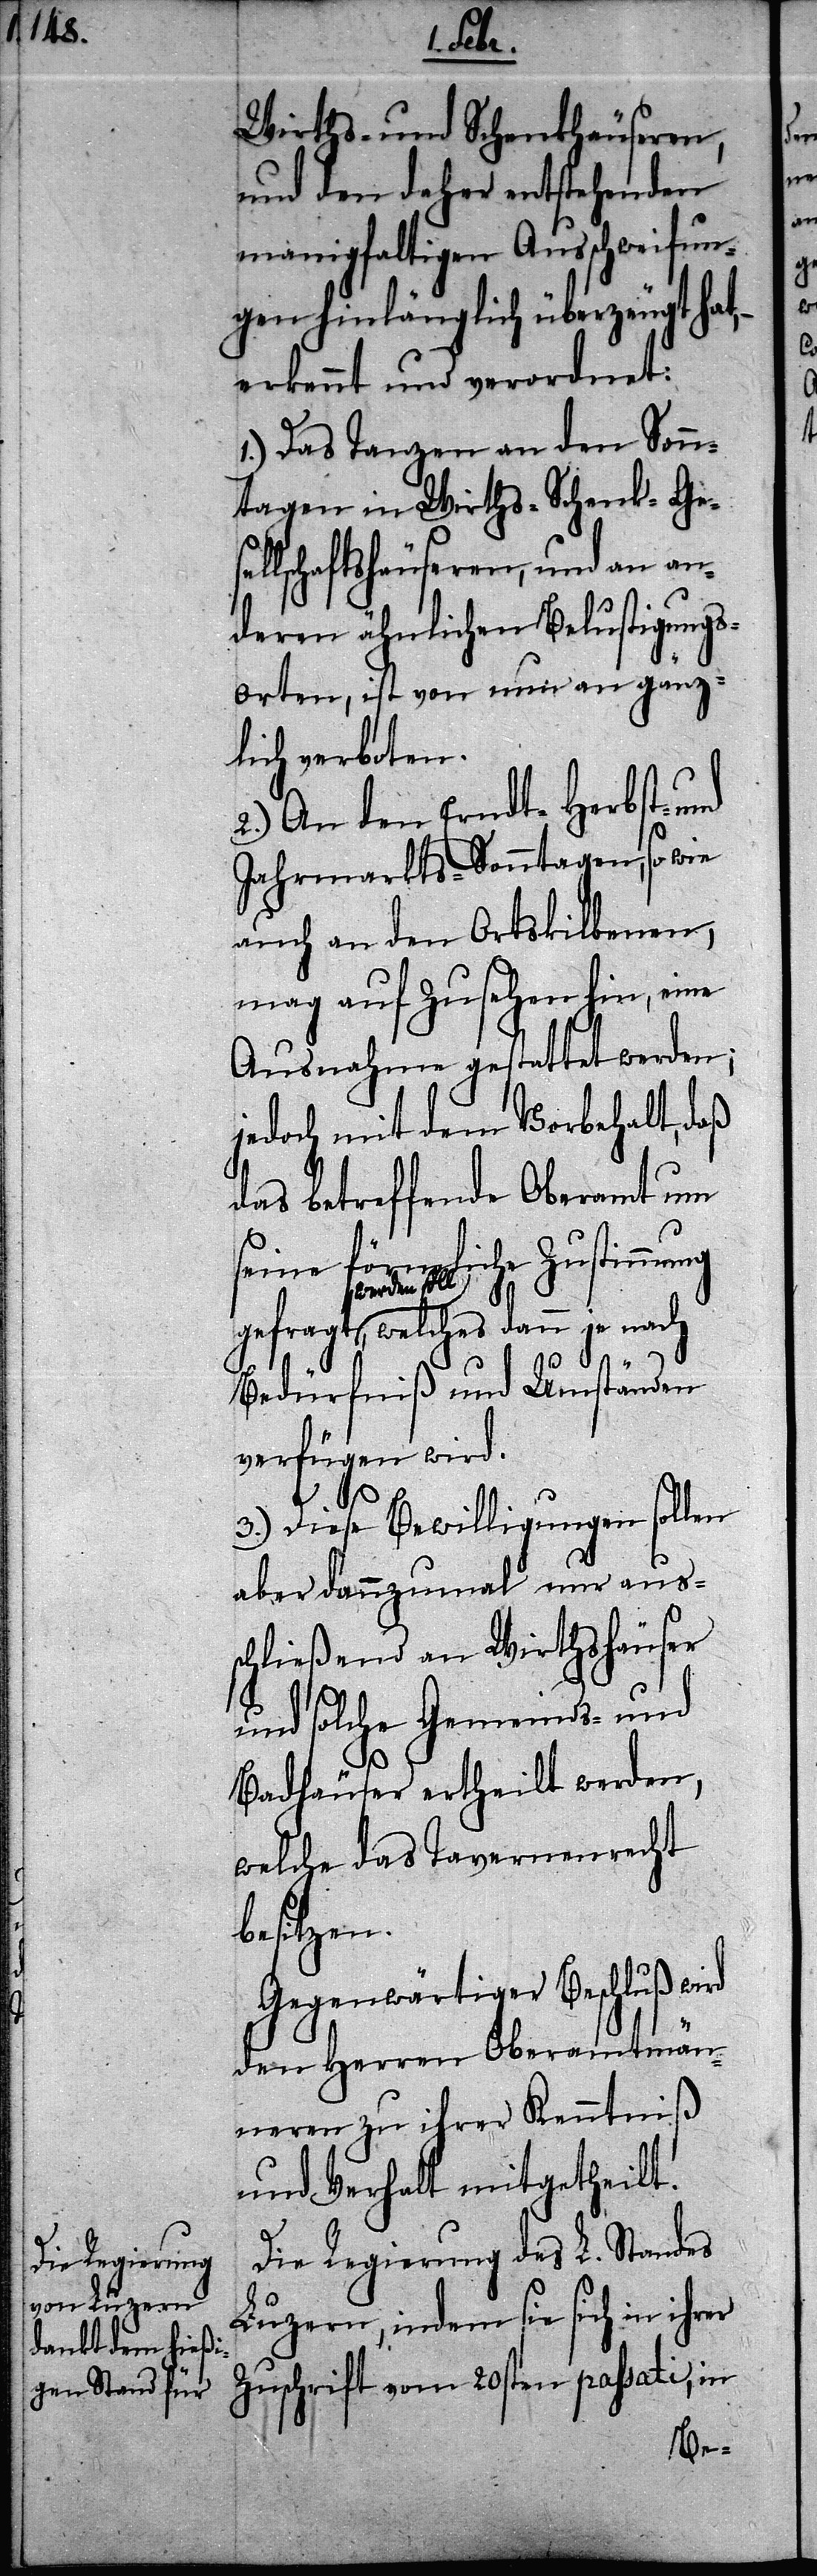
Wirths- und Schenkhäuseren,
und den daher entsprechenden
manigfaltigen Ausschweifun¬
gen hinlänglich überzeugt hat,
erkennt und verordnet:
1.) Das Tanzen an den Sonn¬
tagen in Wirths- Schenk- Ges¬
ellschaftshäuseren, und an an¬
deren ähnlichen Belustigungs¬
orten, ist von nun an gänz¬
liche verboten.
2.) An den Erndt- Herbst- und
Jahrmarkts-Sonntagen, so wie
auch an den Ortskilbenen,
mag auf zusehen hin, eine
Ausnahme gestattet werden;
jedoch mit dem Vorbehalt, daß
das betreffende Oberamt um
seine förmliche Zustimmung
soll, welches dann je nach
Bedürfniß und Umständen
verfügen wird.
3.) Diese Bewilligungen sollen
aber dannzumal nur auss¬
chließend an Wirthshäuser
und solche Gemeinds- und
Badhäuser ertheilt werden,
welche das Tavernenrecht
besitzen.
Gegenwärtiger Beschluß wird
den Herren Oberamtmän¬
neren zu ihrer Kenntniß
und Verhalt mitgetheilt.
Die Regierung des L. Standes
Luzern, indem sie sich in ihrer
Zuschrift vom 20sten passati, in